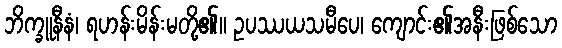
ဘိက္ခူနီနံ၊ ရဟန်းမိန်းမတို့၏။ ဥပဿယသမီပေ၊ ကျောင်း၏အနီးဖြစ်သော